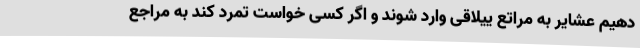
دهیم عشایر به مراتع ییلاقی وارد شوند و اگر کسی خواست تمرد کند به مراجع